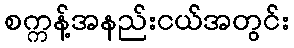
စက္ကန့်အနည်းငယ်အတွင်း